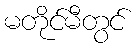
မတိုင်မီတွင်